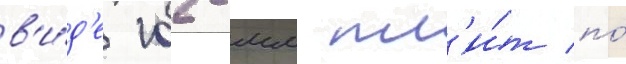
в'и́д'е 102-мм пл'и́т по́